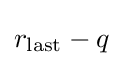
r_{\text{last}}-q